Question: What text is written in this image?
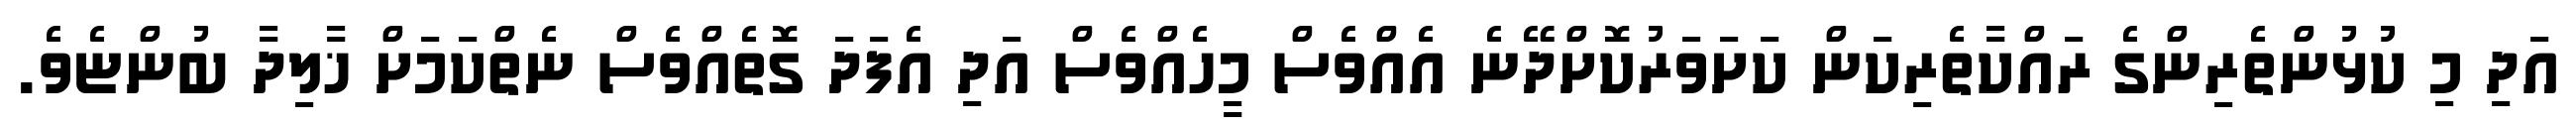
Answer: އަދި މި ކުޅުންތެރިންގެ ރައްކާތެރިކަން ކަށަވަރުކޮށްދޭނެ އެއްވެސް މީހެއްވެސް އަދި އެފަދަ ގޮތެއްވެސް ނެތްކަމަށް ޚާލިދާ ބުންޏެވެ.